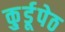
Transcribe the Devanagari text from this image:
कु्र्डूपेठ